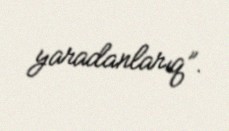
yaradanlarıq”.